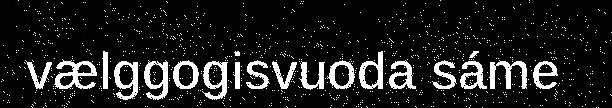
vælggogisvuoda sáme